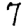
Digit: 7